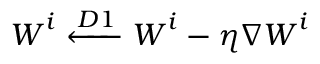
\boldsymbol { W } ^ { i } \xleftarrow { D 1 } \boldsymbol { W } ^ { i } - \eta \nabla \boldsymbol { W } ^ { i }